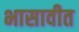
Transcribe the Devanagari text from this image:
भासावीत